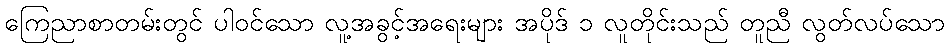
ကြေညာစာတမ်းတွင် ပါဝင်သော လူ့အခွင့်အရေးများ အပိုဒ် ၁ လူတိုင်းသည် တူညီ လွတ်လပ်သော